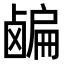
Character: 𬸸